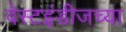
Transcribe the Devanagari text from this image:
वेस्टइंडीजच्या